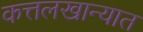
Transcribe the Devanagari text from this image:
कत्तलखान्यात